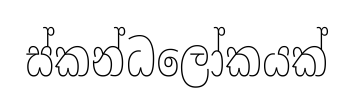
ස්කන්ධලෝකයක්